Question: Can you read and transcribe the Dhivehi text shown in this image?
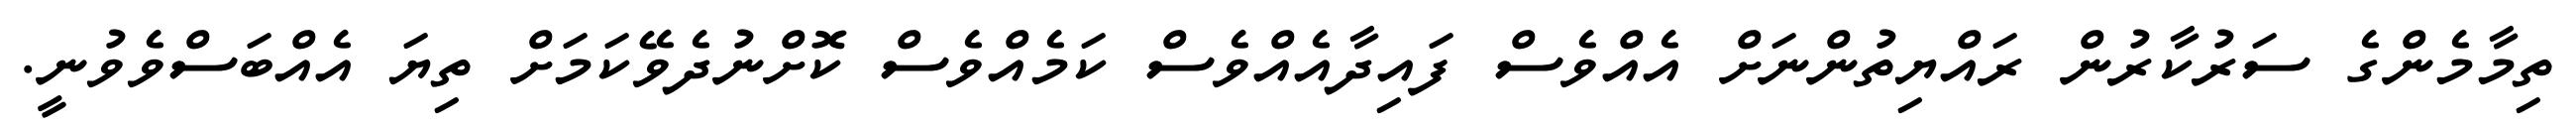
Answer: ތިމާމެންގެ ސަރުކާރުން ރައްޔިތުންނަށް އެއްވެސް ފައިދާއެއްވެސް ކަމެއްވެސް ކޮށްނުދެވޭކަމަށް ތިޔަ އެއްބަސްވެވުނީ.